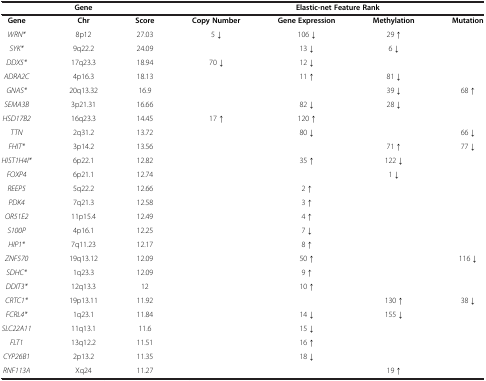
<table><thead><tr><td><b> </b></td><td><b>Gene</b></td><td><b> </b></td><td colspan="4"><b>Elastic-net Feature Rank</b></td></tr></thead><tbody><tr><td><b>Gene</b></td><td><b>Chr</b></td><td><b>Score</b></td><td><b>Copy Number</b></td><td><b>Gene Expression</b></td><td><b>Methylation</b></td><td><b>Mutation</b></td></tr><tr><td><i>WRN*</i></td><td>8p12</td><td>27.03</td><td>5 ↓</td><td>106 ↓</td><td>29 ↑</td><td> </td></tr><tr><td><i>SYK*</i></td><td>9q22.2</td><td>24.09</td><td> </td><td>13 ↓</td><td>6 ↓</td><td> </td></tr><tr><td><i>DDX5*</i></td><td>17q23.3</td><td>18.94</td><td>70 ↓</td><td>12 ↓</td><td> </td><td> </td></tr><tr><td><i>ADRA2C</i></td><td>4p16.3</td><td>18.13</td><td> </td><td>11 ↑</td><td>81 ↓</td><td> </td></tr><tr><td><i>GNAS*</i></td><td>20q13.32</td><td>16.9</td><td> </td><td> </td><td>39 ↓</td><td>68 ↑</td></tr><tr><td><i>SEMA3B</i></td><td>3p21.31</td><td>16.66</td><td> </td><td>82 ↓</td><td>28 ↓</td><td> </td></tr><tr><td><i>HSD17B2</i></td><td>16q23.3</td><td>14.45</td><td>17 ↑</td><td>120 ↑</td><td> </td><td> </td></tr><tr><td><i>TTN</i></td><td>2q31.2</td><td>13.72</td><td> </td><td>80 ↓</td><td> </td><td>66 ↓</td></tr><tr><td><i>FHIT*</i></td><td>3p14.2</td><td>13.56</td><td> </td><td> </td><td>71 ↑</td><td>77 ↓</td></tr><tr><td><i>HIST1H4I*</i></td><td>6p22.1</td><td>12.82</td><td> </td><td>35 ↑</td><td>122 ↓</td><td> </td></tr><tr><td><i>FOXP4</i></td><td>6p21.1</td><td>12.74</td><td> </td><td> </td><td>1 ↓</td><td> </td></tr><tr><td><i>REEP5</i></td><td>5q22.2</td><td>12.66</td><td> </td><td>2 ↑</td><td> </td><td> </td></tr><tr><td><i>PDK4</i></td><td>7q21.3</td><td>12.58</td><td> </td><td>3 ↑</td><td> </td><td> </td></tr><tr><td><i>OR51E2</i></td><td>11p15.4</td><td>12.49</td><td> </td><td>4 ↑</td><td> </td><td> </td></tr><tr><td><i>S100P</i></td><td>4p16.1</td><td>12.25</td><td> </td><td>7 ↓</td><td> </td><td> </td></tr><tr><td><i>HIP1*</i></td><td>7q11.23</td><td>12.17</td><td> </td><td>8 ↑</td><td> </td><td> </td></tr><tr><td><i>ZNF570</i></td><td>19q13.12</td><td>12.09</td><td> </td><td>50 ↑</td><td> </td><td>116 ↓</td></tr><tr><td><i>SDHC*</i></td><td>1q23.3</td><td>12.09</td><td> </td><td>9 ↑</td><td> </td><td> </td></tr><tr><td><i>DDIT3*</i></td><td>12q13.3</td><td>12</td><td> </td><td>10 ↑</td><td> </td><td> </td></tr><tr><td><i>CRTC1*</i></td><td>19p13.11</td><td>11.92</td><td> </td><td> </td><td>130 ↑</td><td>38 ↓</td></tr><tr><td><i>FCRL4*</i></td><td>1q23.1</td><td>11.84</td><td> </td><td>14 ↓</td><td>155 ↓</td><td> </td></tr><tr><td><i>SLC22A11</i></td><td>11q13.1</td><td>11.6</td><td> </td><td>15 ↓</td><td> </td><td> </td></tr><tr><td><i>FLT1</i></td><td>13q12.2</td><td>11.51</td><td> </td><td>16 ↑</td><td> </td><td> </td></tr><tr><td><i>CYP26B1</i></td><td>2p13.2</td><td>11.35</td><td> </td><td>18 ↓</td><td> </td><td> </td></tr><tr><td><i>RNF113A</i></td><td>Xq24</td><td>11.27</td><td> </td><td> </td><td>19 ↑</td><td> </td></tr></tbody></table>